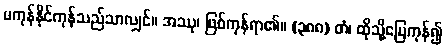
မကုန်နိုင်ကုန်သည်သာလျှင်။ အဿု၊ ဖြစ်ကုန်ရာ၏။ (၃၈၈) တံ၊ ထိုသို့မြေကုန်၍